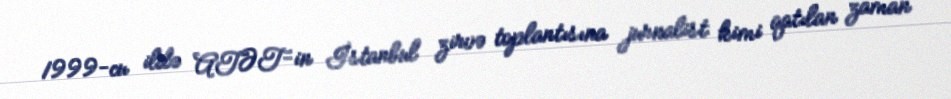
1999-cu ildə ATƏT-in İstanbul zirvə toplantısına jurnalist kimi qatılan zaman